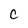
Character: c